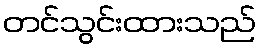
တင်သွင်းထားသည်